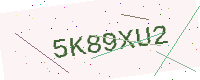
Text: 5K89XU2